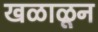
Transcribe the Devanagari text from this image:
खळाळून